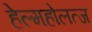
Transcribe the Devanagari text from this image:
हेल्महोलत्ज